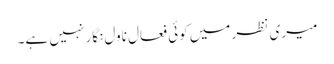
میری نظر میں کوئی فعال ناول نگار نہیں ہے۔